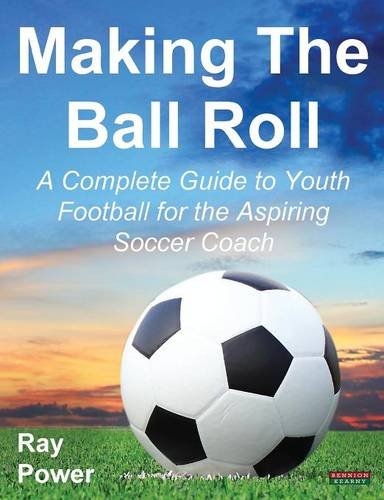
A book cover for Making the Ball Roll: A Complete Guide to Youth Football for the Aspiring Soccer Coach; Ray Power; Sports & Outdoors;